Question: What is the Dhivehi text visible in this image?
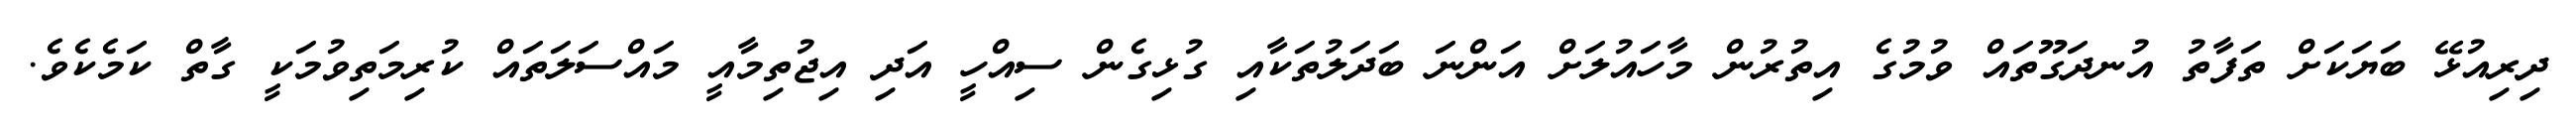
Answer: ދިރިއުޅޭ ބަޔަކަށް ތަފާތު އުނދަގޫތައް ވުމުގެ އިތުރުން މާހައުލަށް އަންނަ ބަދަލުތަކާއި ގުޅިގެން ސިއްހީ އަދި އިޖުތިމާއީ މައްސަލަތައް ކުރިމަތިވުމަކީ ގާތް ކަމެކެވެ.